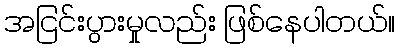
အငြင်းပွားမှုလည်း ဖြစ်နေပါတယ်။